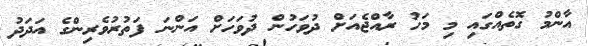
އާންމު ގޮތެއްގައި މި މަހު ރާއްޖެއަށް ދުވަހުން ދުވަހަށް އަންނަ ފަތުރުވެރިންގެ އަދަދު